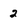
Character: 2